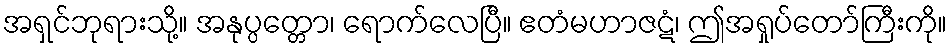
အရှင်ဘုရားသို့။ အနုပ္ပတ္တော၊ ရောက်လေပြီ။ ဧတံမဟာဇဋံ၊ ဤအရှုပ်တော်ကြီးကို။